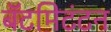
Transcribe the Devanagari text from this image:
बॅटमिटंटन